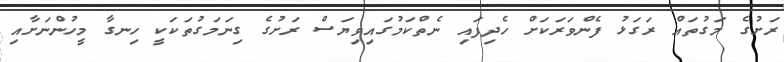
ރަށުގެ މަގުތައް ރަގަޅު ފެންވަރަކަށް ހެދިފައި ނެތްކަމުގައިވިޔަސް ރަށުގެ ގިނަމަގުތަކަކީ ހިނގާ މީހުންނަށާއި